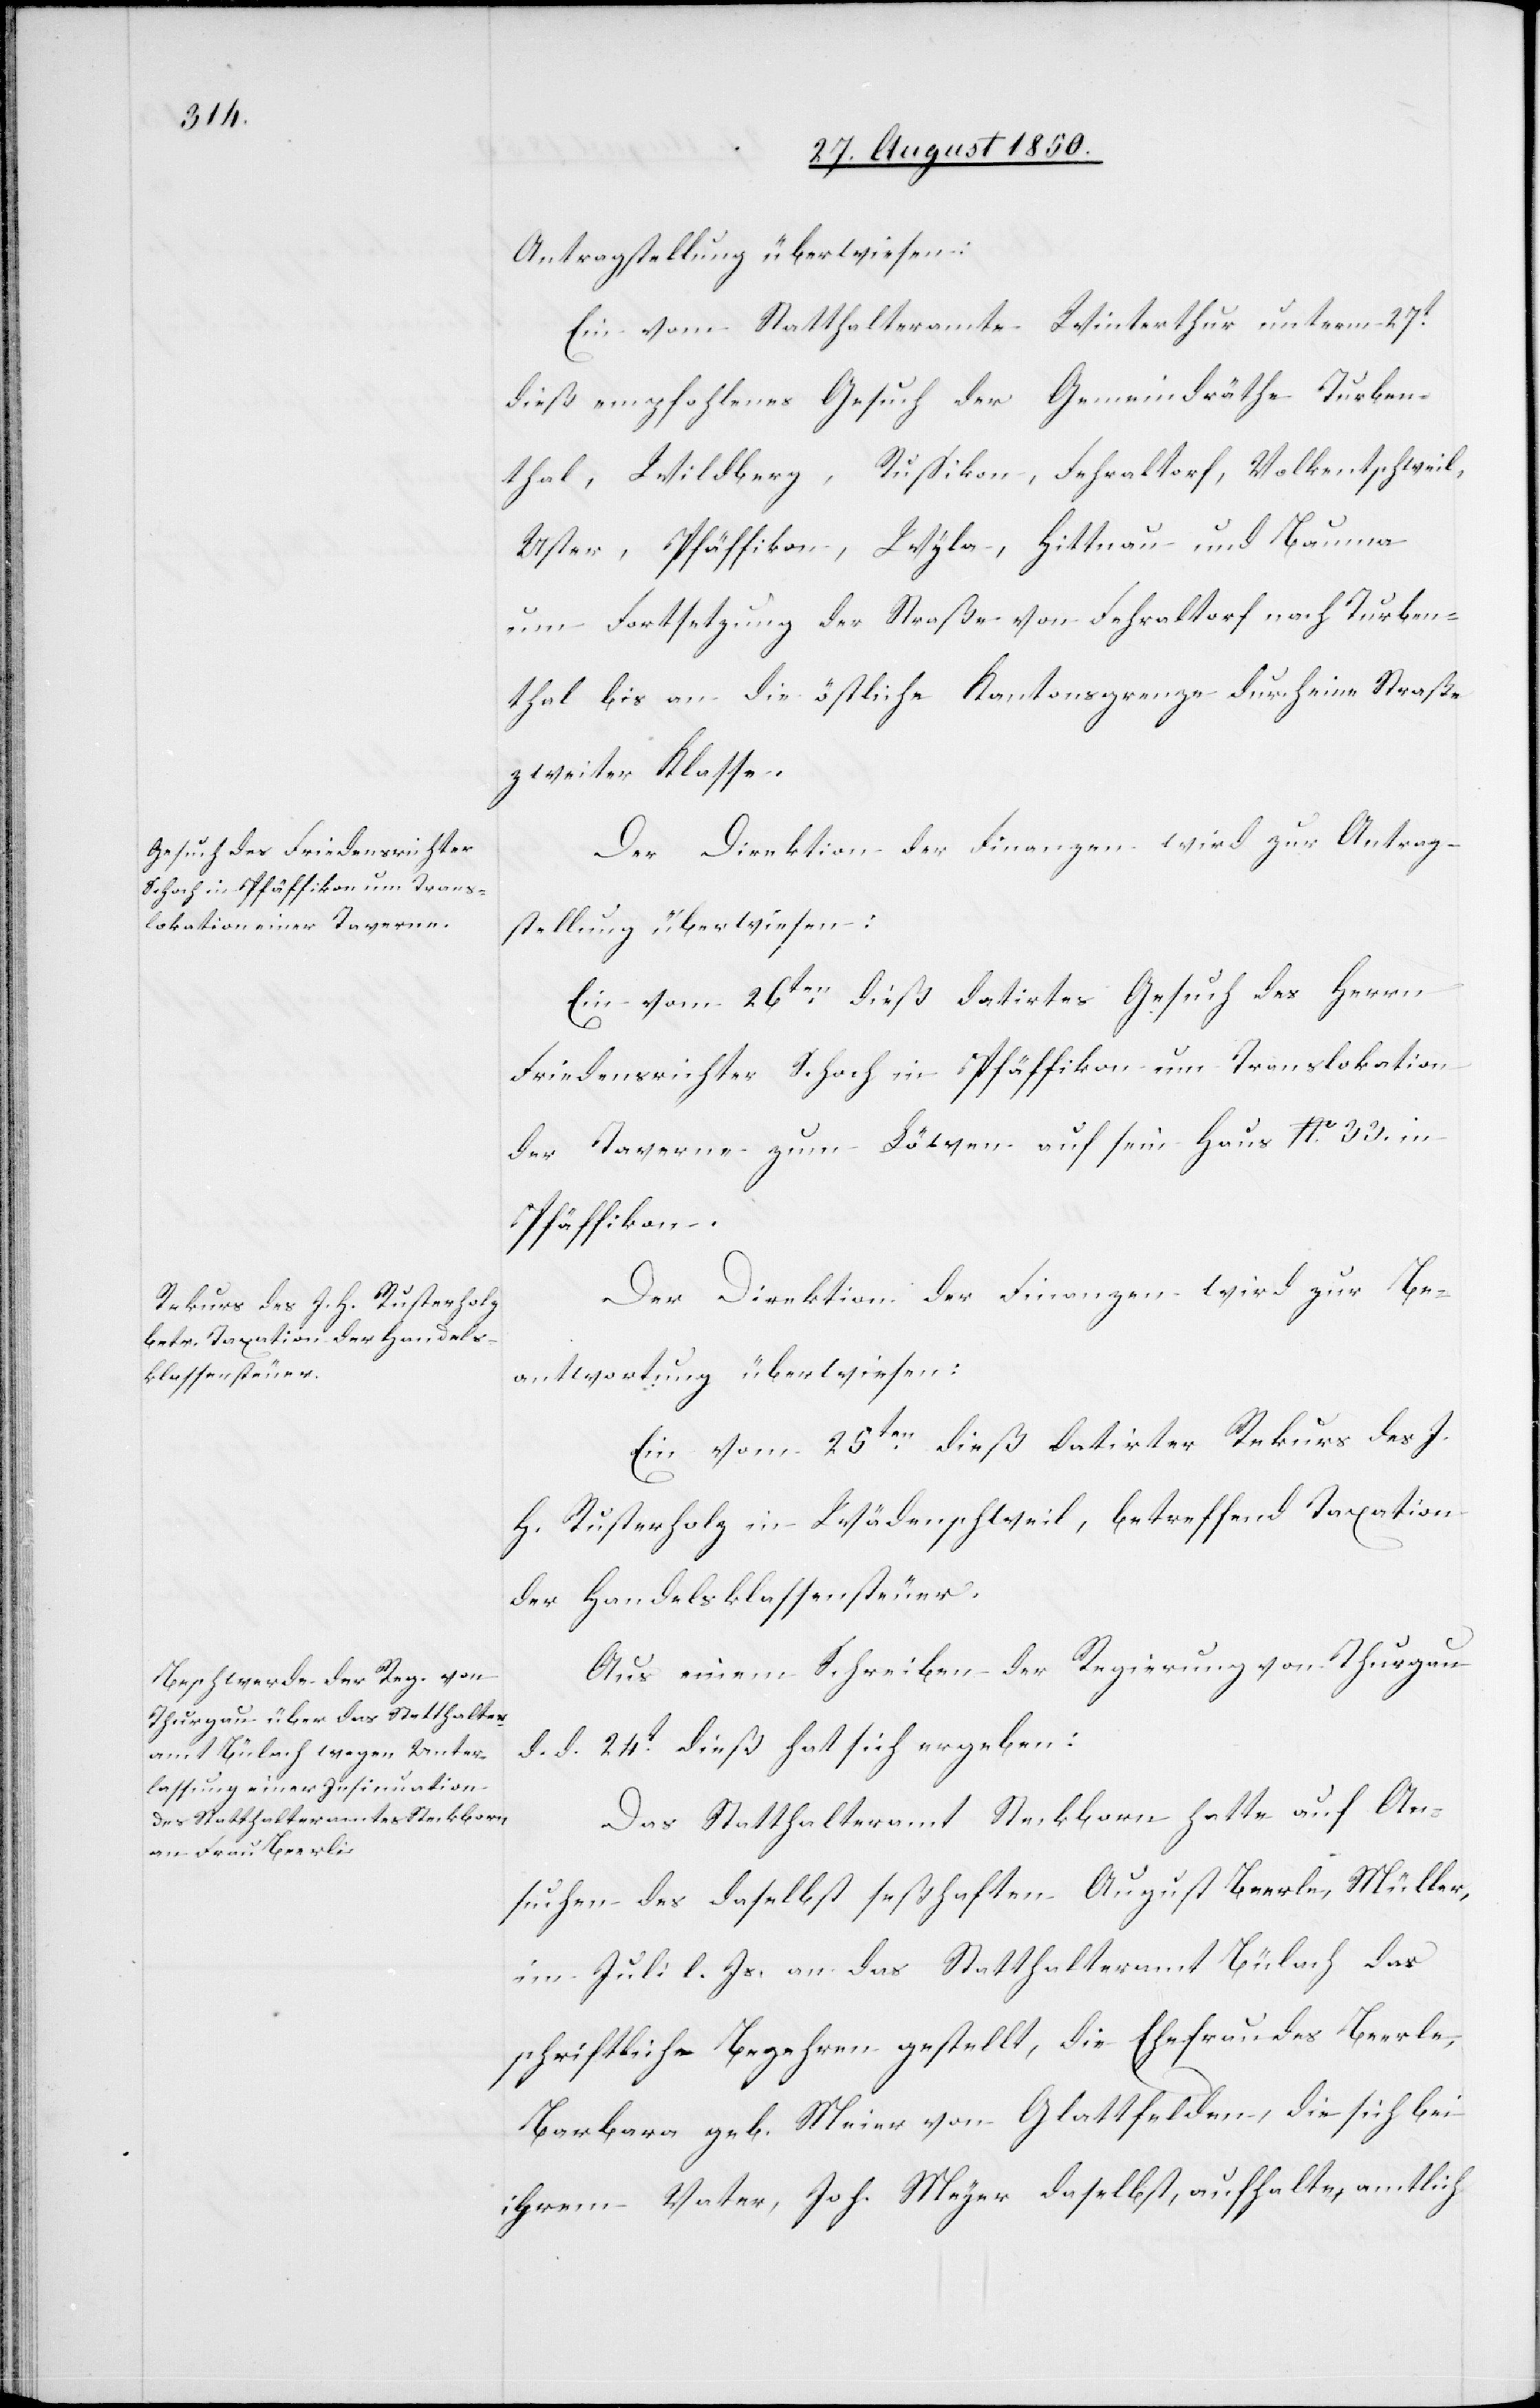
Antragstellung überwiesen:
Ein vom Statthalteramte Winterthur unterm 27t
dieß empfohlenes Gesuch der Gemeindräthe Turben¬
thal, Wildberg, Russikon, Fehraltorf, Volkentschweil,
Uster, Pfäffikon, Wyla, Hittnau und Bauma
um Fortsetzung der Straße von Fehraltorf nach Turben¬
thal bis an die östliche Kantonsgrenze durch eine Straße
zweiter Klasse.
Der Direktion der Finanzen wird zur Antrag¬
stellung überwiesen:
Ein vom 26ten dieß datirtes Gesuch des Herrn
Friedensrichter Schoch in Pfäffikon um Translokation
der Taverne zum Löwen auf sein Haus No. 33. in
Pfäffikon.
Der Direktion der Finanzen wird zur Be¬
antwortung überwiesen:
Ein vom 25ten dieß datirter Rekurs des J.
H. Rusterholz in Wädenschweil, betreffend Taxation
der Handelsklassensteuer.
Aus einem Schreiben der Regierung von Thurgau
d. d. 24t dieß hat sich ergeben:
Das Statthalteramt Steckborn hatte auf An¬
suchen des daselbst seßhaften August Beerle [sic!], Müller,
im Juli l. Js. an das Statthalteramt Bülach das
schriftliche Begehren gestellt, die Ehefrau des Beerle,
Barbara geb. Meier von Glattfelden, die sich bei
ihrem Vater, Joh. Meyer daselbst, aufhalte, amtlich